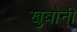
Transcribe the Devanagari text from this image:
खुबोनी